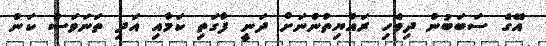
އޭގެ ސަބަބުން ދިވެހި ރައްޔިތުންނަށް ދަނީ ފާގަތި ކަމާއި އަދި ތަނަވަސް ކަން